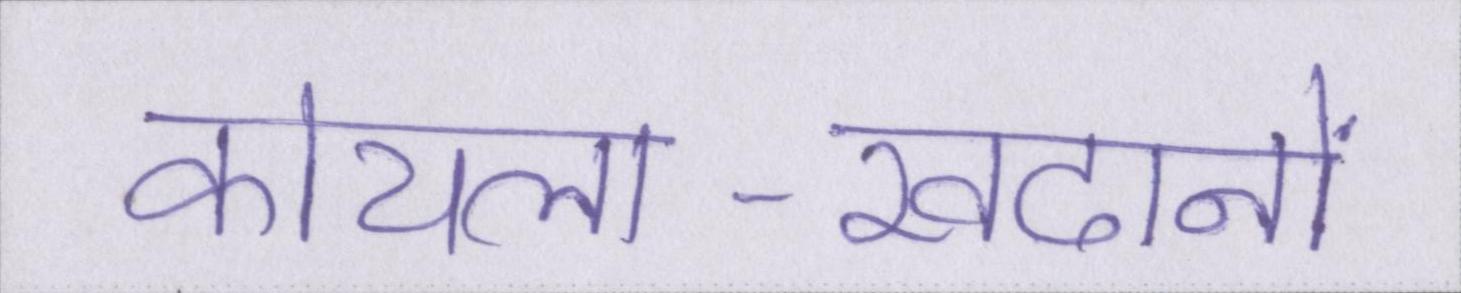
कोयला-खदानों